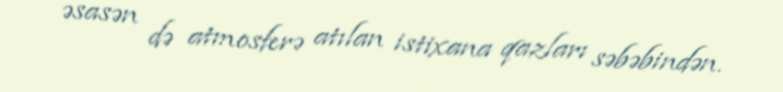
əsasən də atmosferə atılan istixana qazları səbəbindən.